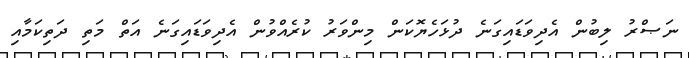
ނަޞްރު ލިބުން އެދިވަޑައިގަނެ ދުޅަހެޔޮކަން މިންވަރު ކުރެއްވުން އެދިވަޑައިގަނެ އަތް މަތި ދަތިކަމާއި